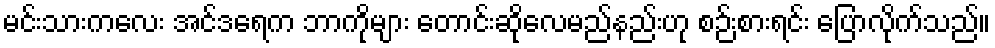
မင်းသားကလေး အင်ဒရေက ဘာကိုများ တောင်းဆိုလေမည်နည်းဟု စဉ်းစားရင်း ပြောလိုက်သည်။